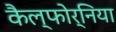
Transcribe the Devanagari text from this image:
कैल्फोर्निया